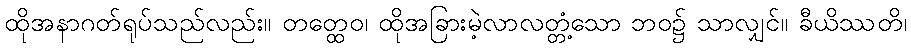
ထိုအနာဂတ်ရုပ်သည်လည်း။ တတ္ထေဝ၊ ထိုအခြားမဲ့လာလတ္တံ့သော ဘဝ၌ သာလျှင်။ ခီယိဿတိ၊